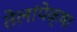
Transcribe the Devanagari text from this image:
तेलांपेक्षा